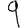
Digit: 9